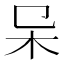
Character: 𣎿